Report on horse surra - Volume I
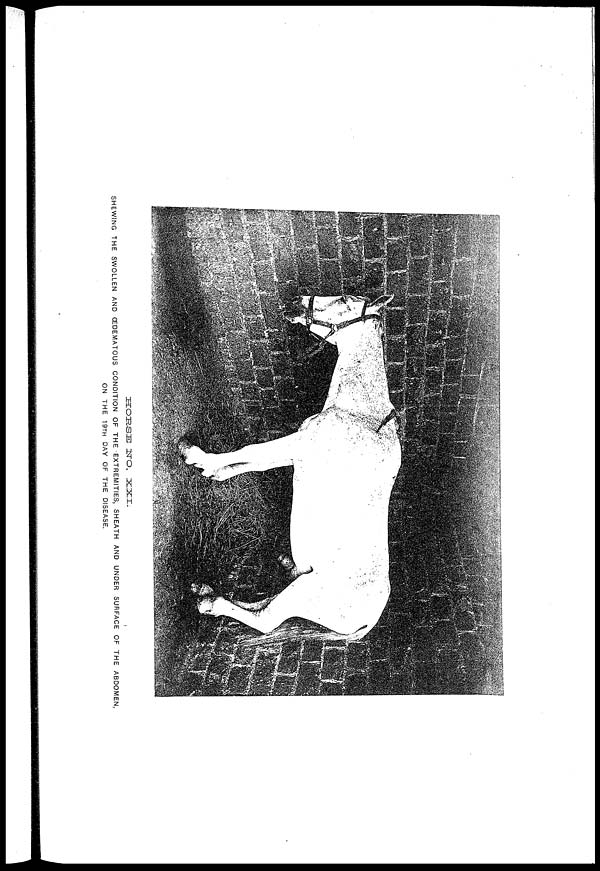
HORSE
NO.XXI.
SHEWING THE SWOLLEN AND ŒDEMATOUS CONDITION OF THE EXTREMITIES, SHEATH AND UNDER SURFACE OF THE ABDOMEN,
ON THE 19TH DAY OF THE DISEASE.